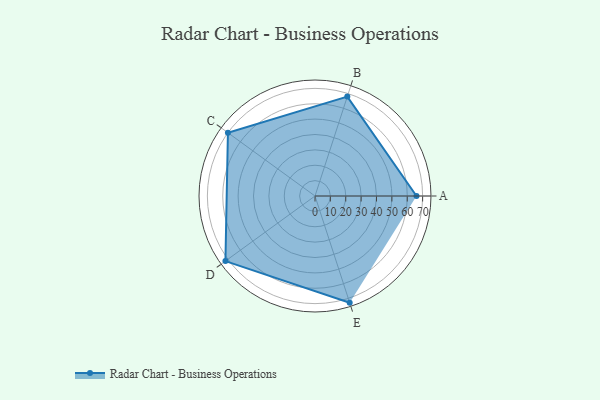
{"axis": {"x": "Skill", "y": "Score"}, "legend": ["Profile"], "data": [{"x": "A", "y": 66.0, "type": "Profile"}, {"x": "B", "y": 68.0, "type": "Profile"}, {"x": "C", "y": 70.0, "type": "Profile"}, {"x": "D", "y": 72.0, "type": "Profile"}, {"x": "E", "y": 73.0, "type": "Profile"}]}